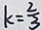
k = \frac { 2 } { 3 }